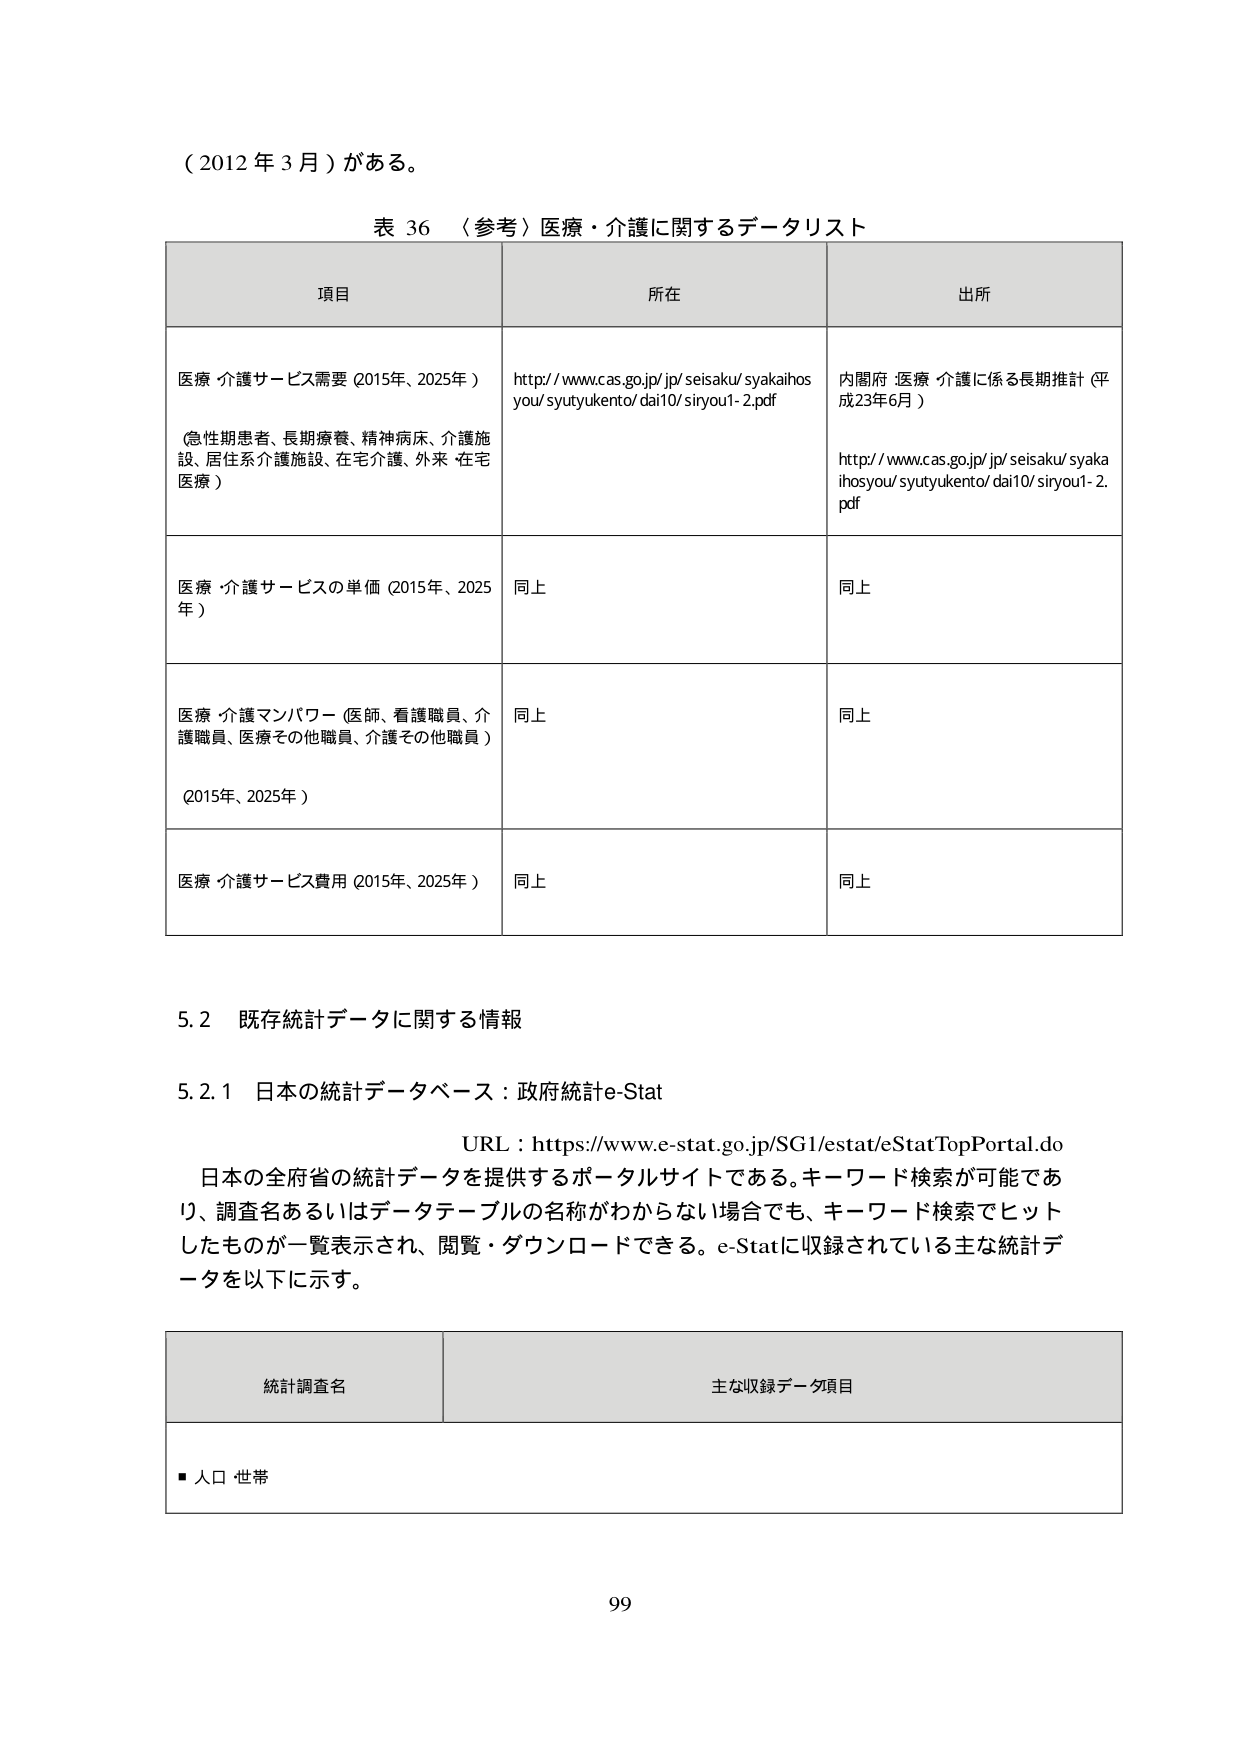
（2012年3月）がある。

表36 （参考）医療・介護に関するデータリスト

項目 所在 出所

医療・介護サービス需要（2015年、2025年）
（急性期患者、長期療養、精神病床、介護施設、居住系介護施設、在宅介護、外来・在宅医療）
http://www.cas.go.jp/jp/seisaku/syakaihosyou/syutyukento/dai10/siryou1-2.pdf
内閣府 医療・介護に係る長期推計（平成23年6月）
http://www.cas.go.jp/jp/seisaku/syakaihosyou/syutyukento/dai10/siryou1-2.pdf

医療・介護サービスの単価（2015年、2025年）
同上
同上

医療・介護マンパワー（医師、看護職員、介護職員、医療その他職員、介護その他職員）
（2015年、2025年）
同上
同上

医療・介護サービス費用（2015年、2025年）
同上
同上

5.2 既存統計データに関する情報

5.2.1 日本の統計データベース：政府統計e-Stat

URL：https://www.e-stat.go.jp/SG1/estat/eStatTopPortal.do

日本の全府省の統計データを提供するポータルサイトである。キーワード検索が可能であり、調査名あるいはデータテーブルの名称がわからない場合でも、キーワード検索でヒットしたものが一覧表示され、閲覧・ダウンロードできる。e-Statに収録されている主な統計データを以下に示す。

統計調査名 主な収録データ項目

■ 人口・世帯

99